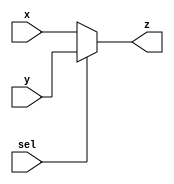
module Mux (x,y,sel,z);

input x,y,sel;
output reg z;

always@(x or y or sel)
begin

if(sel == 0)
begin
z=x;
end

else if(sel == 1)
begin
z=y;
end

else
begin
z=1'bx;
end

end
endmodule